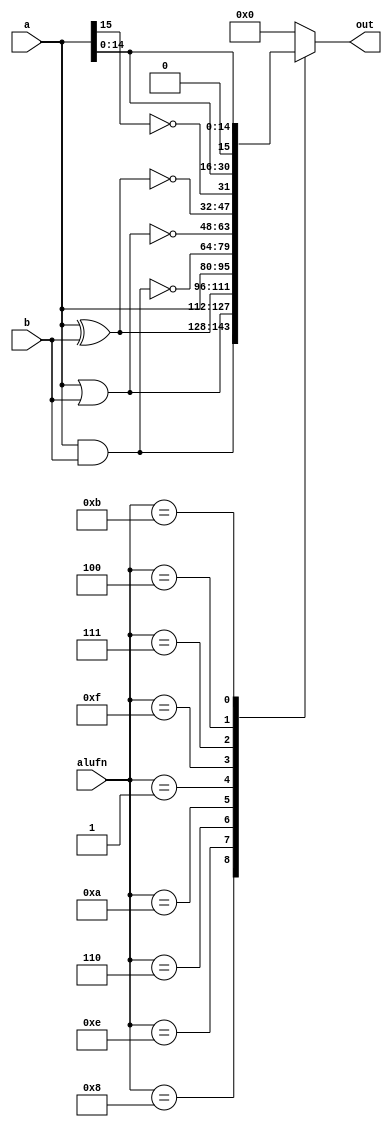
/*
   This file was generated automatically by Alchitry Labs version 1.2.1.
   Do not edit this file directly. Instead edit the original Lucid source.
   This is a temporary file and any changes made to it will be destroyed.
*/

module alu_boolean_20 (
    input [15:0] a,
    input [15:0] b,
    input [3:0] alufn,
    output reg [15:0] out
  );
  
  
  
  always @* begin
    
    case (alufn[0+3-:4])
      4'h8: begin
        out = a & b;
      end
      4'he: begin
        out = a | b;
      end
      4'h6: begin
        out = a ^ b;
      end
      4'ha: begin
        out = a;
      end
      4'h1: begin
        out = ~(a & b);
      end
      4'hf: begin
        out = ~(a | b);
      end
      4'h7: begin
        out = ~(a ^ b);
      end
      4'h4: begin
        out = {~a[15+0-:1], a[0+14-:15]};
      end
      4'hb: begin
        out = {1'h0, a[0+14-:15]};
      end
      default: begin
        out = 16'h0000;
      end
    endcase
  end
endmodule